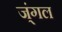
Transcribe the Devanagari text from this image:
ज्ंगल